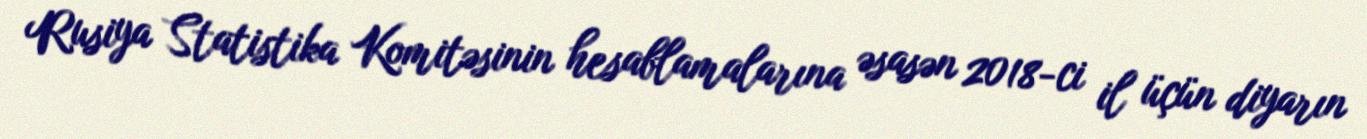
Rusiya Statistika Komitəsinin hesablamalarına əsasən 2018-ci il üçün diyarın